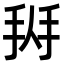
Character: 𢬛